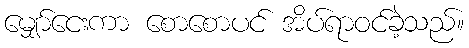
မျှော်ငေးကာ စောစောပင် အိပ်ရာဝင်ခဲ့သည်။